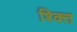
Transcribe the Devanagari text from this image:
श्क्ति